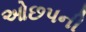
ઓછપની